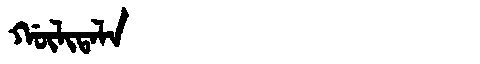
Manchu: ᡤᡡᠯᡳᡨᠠᠯᠠ
Romanization: GŪLITALA